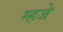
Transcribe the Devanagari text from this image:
म्हजे